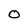
Character: O